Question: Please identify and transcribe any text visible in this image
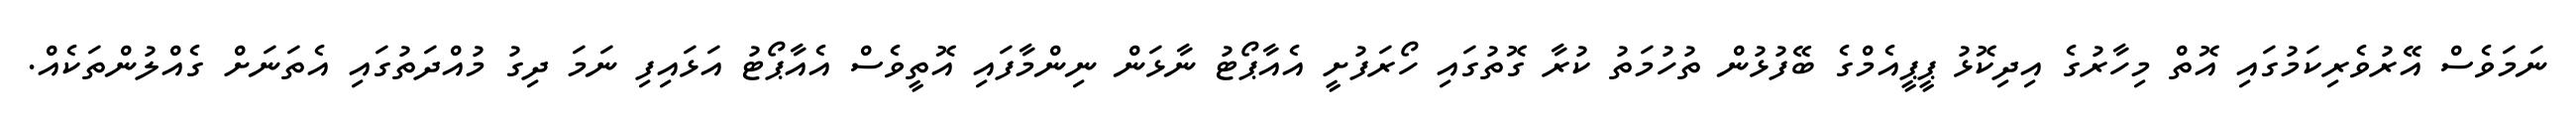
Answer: ނަމަވެސް އޭރުވެރިކަމުގައި އޮތް މިހާރުގެ އިދިކޮޅު ޕީޕީއެމްގެ ބޭފުޅުން ތުހުމަތު ކުރާ ގޮތުގައި ހޯރަފުށީ އެއާޕޯޓު ނާޅަން ނިންމާފައި އޮތީވެސް އެއާޕޯޓު އަޅައިފި ނަމަ ދިގު މުއްދަތުގައި އެތަނަށް ގެއްލުންތަކެއް.